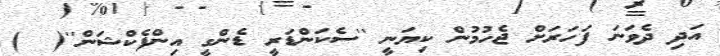
އަދި ދެވަނަ ފަހަރަށް ޖެހުމުން ކިޔަނީ ''ސެކަންޑަރީ ޑެންގީ އިންފެކްޝަން''(  )